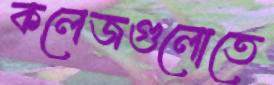
কলেজগুলোতে